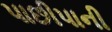
પાછીપાની